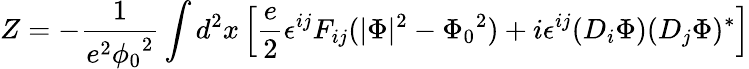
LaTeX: Z=-\frac{1}{e^{2}{\phi_{0}}^{2}}\int d^{2}x\left[\frac{e}{2}\epsilon^{ij}F_{ij}(\vert\Phi\vert^{2}-{\Phi_{0}}^{2})+i\epsilon^{ij}(D_{i}\Phi)(D_{j}\Phi)^{*}\right]